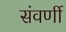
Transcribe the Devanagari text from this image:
संवर्णी